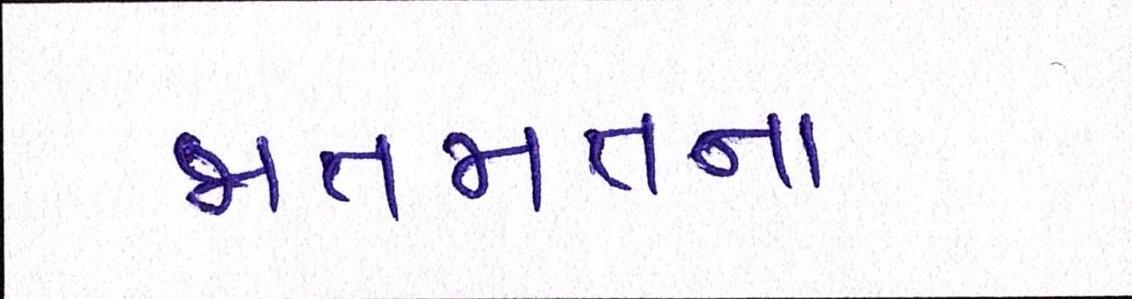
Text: જાતજાતના